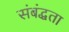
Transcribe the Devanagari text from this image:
संबंद्धता